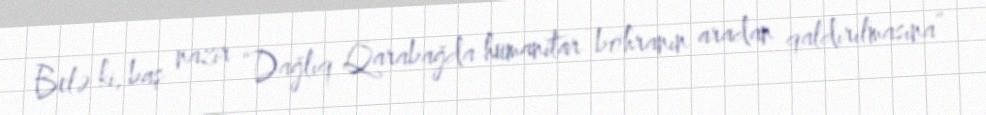
Belə ki, baş nazir “Dağlıq Qarabağda humanitar böhranın aradan qaldırılmasına”